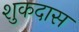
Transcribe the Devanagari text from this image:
शुकदास